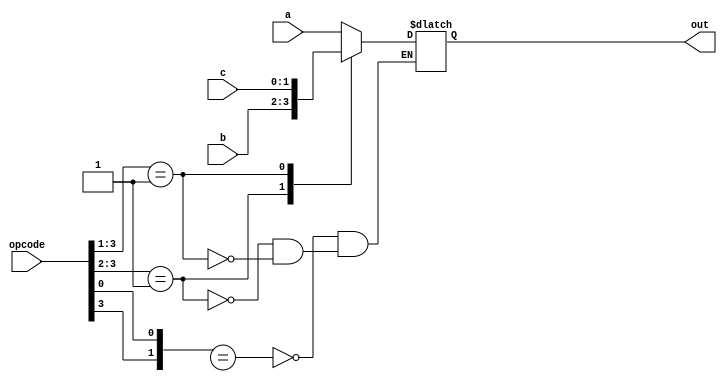
module casez_example (
  opcode,
  a, b, c, out
);

input [3:0] opcode;
input [1:0] a,b,c;
output [1:0] out;

reg [1:0] out;

always @(opcode or a or b or c)
  casez (opcode)
    // Bit 0 is matched with "x"
    4'b1zzx: out = a; // Don't care about lower 3:1 bits
    4'b01??: out = b; // The ? is same as z in a number
    4'b001?: out = c;
    default: $display("Error xxxx does matches 0000");
  endcase

endmodule // casez_example


module casez_example_tb ();

reg[1:0] a,b,c;
reg[3:0] opcode;
wire[1:0] out;

initial begin
  $monitor("Opcode = %b Out = %b", opcode, out);
  a  <= 2'b00;
  b  <= 2'b01;
  c  <= 2'b10;
  opcode <= 4'b1zzx;

  #1 opcode = 4'b01??;
  #1 opcode = 4'b001?;
  #1 $finish;
end

casez_example C0(opcode, a,b,c,out);

endmodule //casez_example